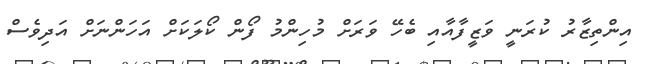
އިންތިޒާރު ކުރަނީ ވަޒީފާއާއި ބެހޭ ވަރަށް މުހިންމު ފޯން ކޯލަކަށް އަހަންނަށް އަދިވެސް